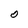
Character: O